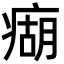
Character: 㾰